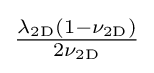
{\tfrac {\lambda _{\mathrm {2D} }(1-\nu _{\mathrm {2D} })}{2\nu _{\mathrm {2D} }}}